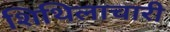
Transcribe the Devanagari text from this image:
शिथिलाचारी